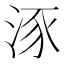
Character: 𣵠